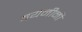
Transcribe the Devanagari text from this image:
बयनीनी